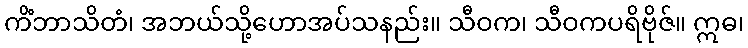
ကိံဘာသိတံ၊ အဘယ်သို့ဟောအပ်သနည်း။ သီဝက၊ သီဝကပရိဗိုဇ်။ ဣဓ၊